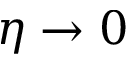
\eta \rightarrow 0